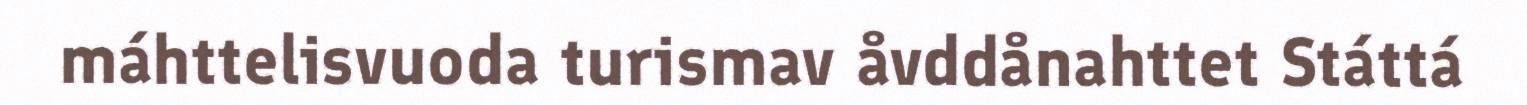
máhttelisvuoda turismav åvddånahttet Státtá